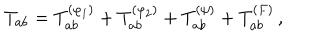
T _ { a b } = T _ { a b } ^ { ( \varphi _ { 1 } ) } + T _ { a b } ^ { ( \varphi _ { 2 } ) } + T _ { a b } ^ { ( \psi ) } + T _ { a b } ^ { ( F ) } \, ,